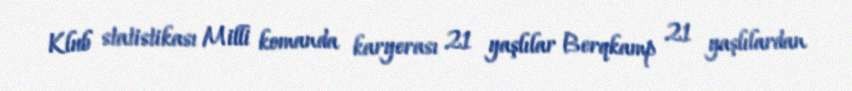
Klub statistikası Milli komanda karyerası 21 yaşlılar Berqkamp 21 yaşlılardan